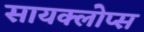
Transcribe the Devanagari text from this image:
सायक्लोप्स